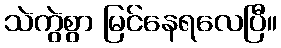
သဲကွဲစွာ မြင်နေရလေပြီ။